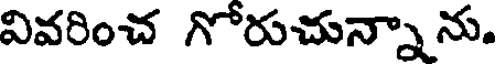
వివరించ గోరుచున్నా ను.